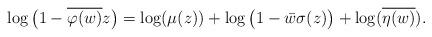
LaTeX: \begin{align*}\log\big(1-\overline{\varphi(w)}z\big) & = \log(\mu(z)) + \log\big(1-\bar{w}\sigma(z)\big) + \log(\overline{\eta(w)}).\end{align*}